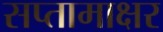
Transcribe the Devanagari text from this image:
सप्तामाक्षर